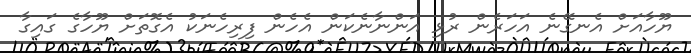
ޔޫހާއަށް އެނގޭނެ އަހަރެން ރުޅި އަންނާނެކަން އެހެން ފިރިހެނަކު އެގޮތަށް ޔޫހާގެ ގައިގާ